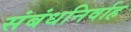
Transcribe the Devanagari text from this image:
संबंधनिर्वाह